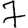
Digit: 7